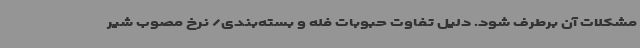
مشکلات آن برطرف شود. دلیل تفاوت حبوبات فله و بسته‌بندی/ نرخ مصوب شیر